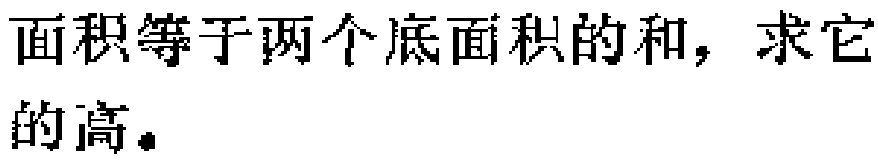
面积等于两个底面积的和，求它的高。